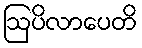
ဩပိလာပေတိ